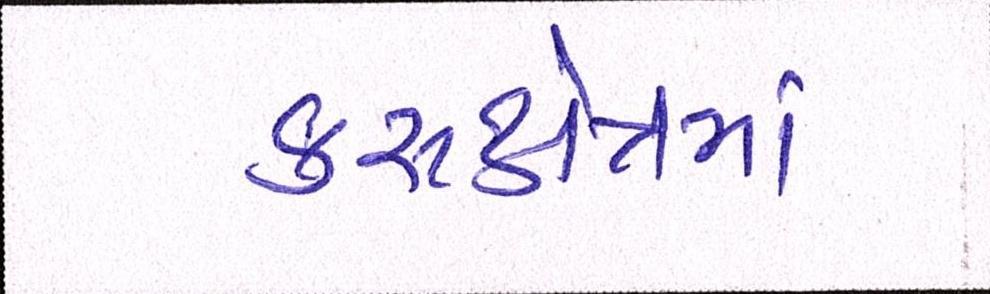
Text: કરુક્ષેત્રમાં